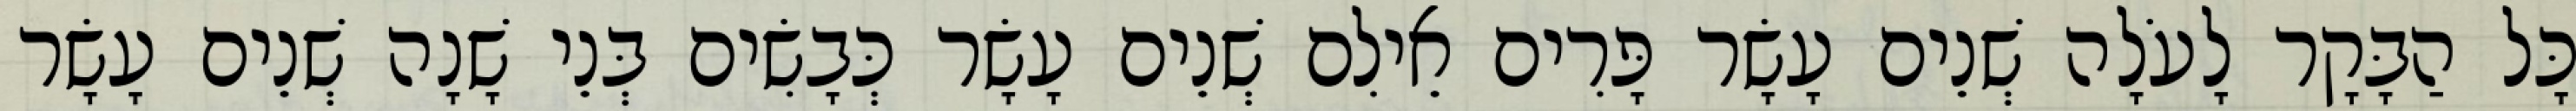
כָּל הַבָּקָר לָעֹלָה שְׁנֵים עָשָׂר פָּרִים אֵילִם שְׁנֵים עָשָׂר כְּבָשִׂים בְּנֵי שָׁנָה שְׁנֵים עָשָׂר